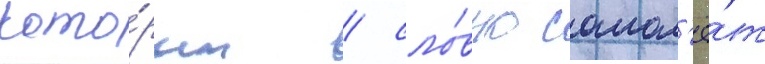
кото́рым / сло́вно самол'ё́т